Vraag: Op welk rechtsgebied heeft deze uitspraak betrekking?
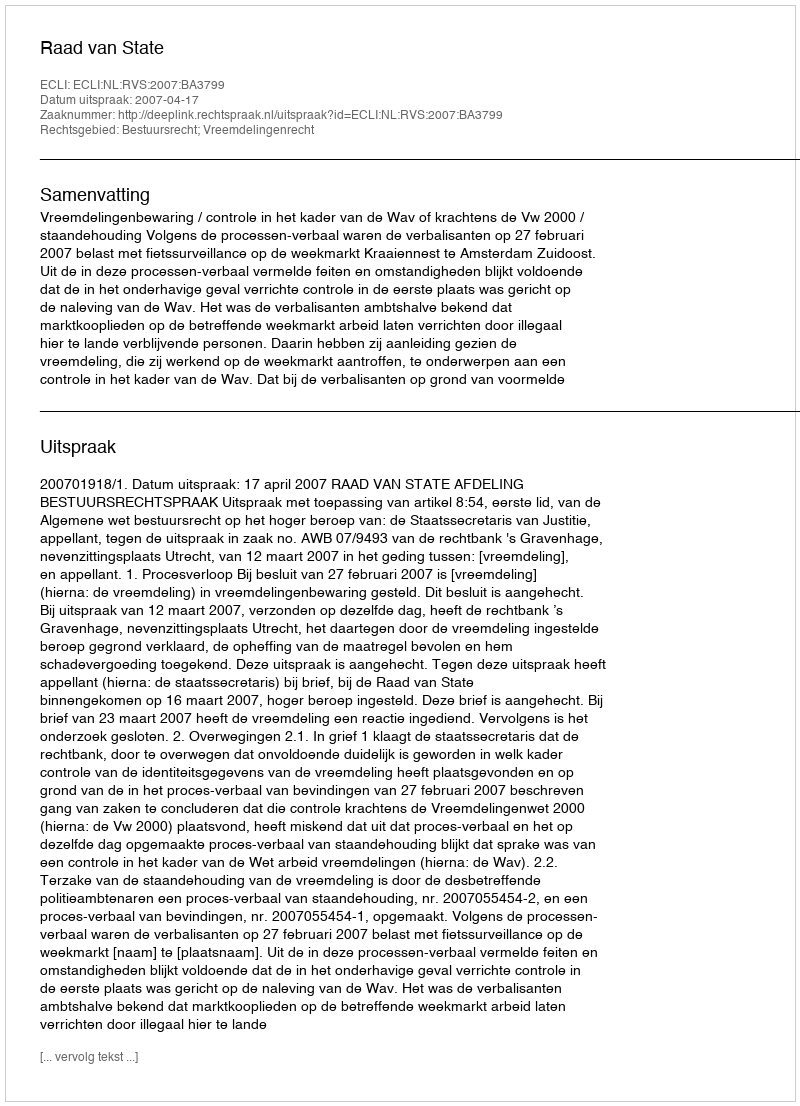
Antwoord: Bestuursrecht; Vreemdelingenrecht